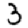
Digit: 3